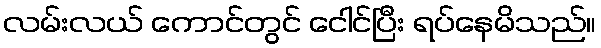
လမ်းလယ် ကောင်တွင် ငေါင်ပြီး ရပ်နေမိသည်။